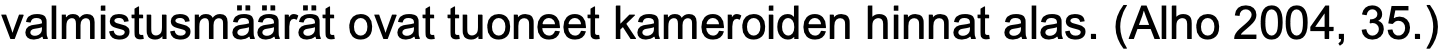
valmistusmäärät ovat tuoneet kameroiden hinnat alas. (Alho 2004, 35.)